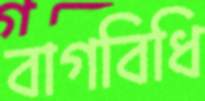
বাগবিধি